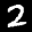
Label: 2